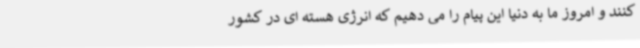
کنند و امروز ما به دنیا این پیام را می دهیم که انرژی هسته ای در کشور